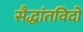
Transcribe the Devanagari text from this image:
सैद्धांतविदों